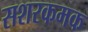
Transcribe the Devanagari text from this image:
सशरकमक